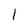
Character: 1